Scientific memoirs by medical officers of the Army of India - Part VIII,
Year: 1894
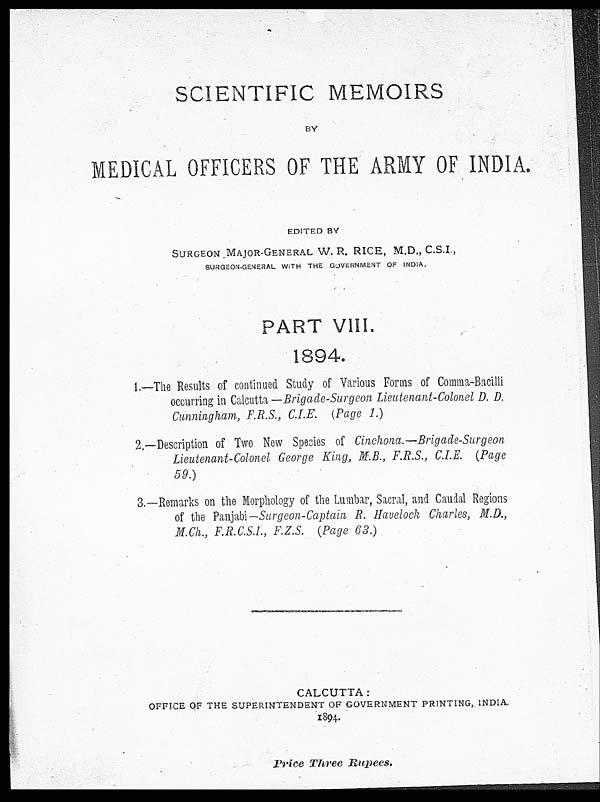
SCIENTIFIC MEMOIRS
BY
MEDICAL OFFICERS OF THE ARMY OF INDIA.
EDITED BY
SURGEON MAJOR-GENERAL W. R. RICE, M.D., C.S.I.,
SURGEON-GENERAL WITH THE GOVERNMENT OF INDIA.
PART V
III.
1894
.
1.—The Results of continued Study of Various Forms of Comma-Bacilli
occurring in Calcutta— Brigade-Surgeon Lieutenant-Colonel D. D.
Cunningham, F.R.S., C.I.E. ( Page 1. )
2.—Description of Two New Species of Cinchona—Brigade-Surgeon
Lieutenant-Colonel George King, M.B., F.R.S., C.I.E. (Page
59. )
3.—Remarks on the Morphology of the Lumbar, Sacral, and Caudal Regions
of the Panjabi— Surgeon-captain R. Havelock Charles, M.D.,
M. Ch., F.R.C.S.I., F.Z.S. (Page 63. )
CALCUTTA :
OFFICE OF THE SUPERINTENDENT OF GOVERNMENT PRINTING, INDIA.
1894
.
Price Three Rupees.